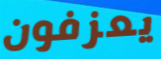
يعزفون